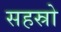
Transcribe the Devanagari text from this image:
सहस्रो